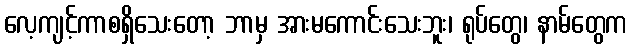
လေ့ကျင့်ကာစရှိသေးတော့ ဘာမှ အားမကောင်းသေးဘူး၊ ရုပ်တွေ၊ နာမ်တွေက